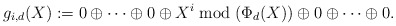
\begin{align*} g_{i,d}(X) := 0 \oplus \dots \oplus 0 \oplus X^i \bmod{(\Phi_d(X))} \oplus 0\oplus \dots\oplus 0. \end{align*}